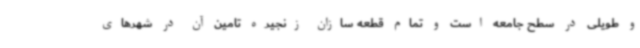
و طویلی در سطح جامعه است و تمام قطعه سازان زنجیره تامین آن در شهرهای